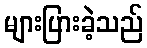
များပြားခဲ့သည်